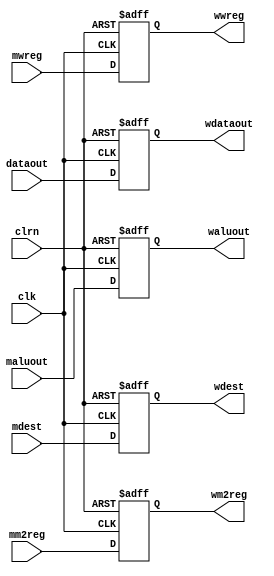
`timescale 1ns / 1ps
//////////////////////////////////////////////////////////////////////////////////
// Company: 
// Engineer: 
// 
// Design Name: 
// Module Name:    MEM_WB_PipeReg 
// Project Name: 
// Target Devices: 
// Tool versions: 
// Description: 
//
// Dependencies: 
//
// Revision: 
// Revision 0.01 - File Created
// Additional Comments: 
//
//////////////////////////////////////////////////////////////////////////////////
module MEM_WB_PipeReg(
	 input clk,
	 input clrn,
    input mwreg,
    input mm2reg,
    input[31:0] dataout,
    input[31:0] maluout,
    input[4:0] mdest,
    output reg wwreg,
    output reg wm2reg,
    output reg[31:0] wdataout,
    output reg[31:0] waluout,
    output reg[4:0] wdest
    );
	 
	 always@(posedge clk or negedge clrn)
		if(clrn == 0)
			begin
				wwreg <= 0;
				wm2reg <= 0;
				wdataout <= 0;
				waluout <= 0;
				wdest <= 0;
			end
		else
			begin
				wwreg <= mwreg;
				wm2reg <= mm2reg;
				wdataout <= dataout;
				waluout <= maluout;
				wdest <= mdest;
			end

endmodule